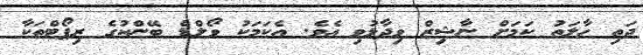
ދަތި ހާލަތު ކަމަށް ނާޝިޒް ވިދާޅުވި އެވެ. އެކަމަކު ވޯލްޑް ބޭންކުގެ ރިޕޯޓްތަކާ